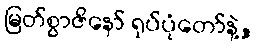
မြတ်စွာဇိနော် ရုပ်ပုံတော်နဲ့,